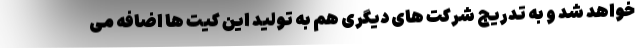
خواهد شد و به تدریج شرکت های دیگری هم به تولید این کیت ها اضافه می